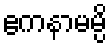
ဧကနာမမ္ပိ